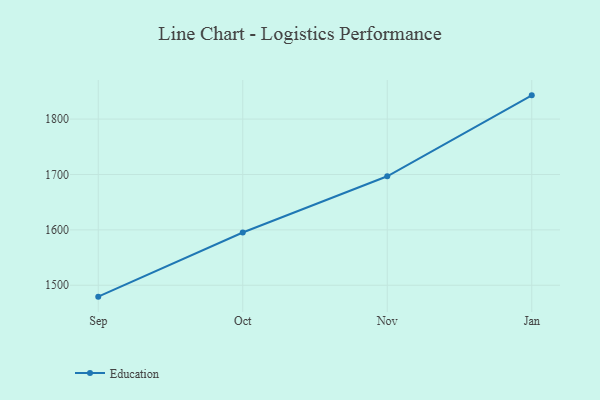
{"axis": {"x": "Month", "y": "Net Income (USD K)"}, "legend": ["Education"], "data": [{"x": "Sep", "y": 1479.4, "type": "Education"}, {"x": "Oct", "y": 1595.2, "type": "Education"}, {"x": "Nov", "y": 1696.8, "type": "Education"}, {"x": "Jan", "y": 1842.9, "type": "Education"}]}